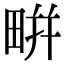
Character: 𤲒